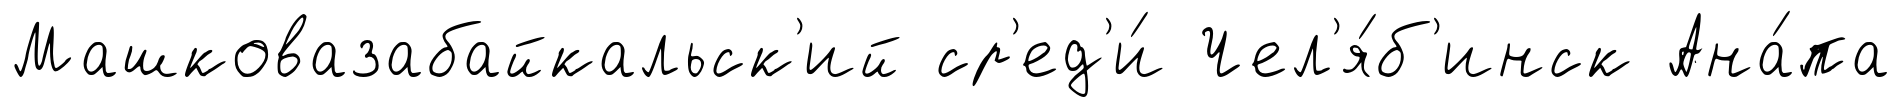
Машковазабайкальск'ий ср'ед'и́ Чел'я́б'инск Ана́па